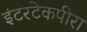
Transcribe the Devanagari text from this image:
इंटरटेकपीरा